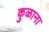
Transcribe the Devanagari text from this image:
कुळाना